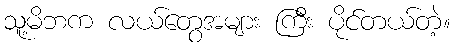
သူ့မိဘက လယ်တွေအများ ကြီး ပိုင်တယ်တဲ့။